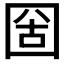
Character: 𡇣